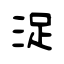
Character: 浞